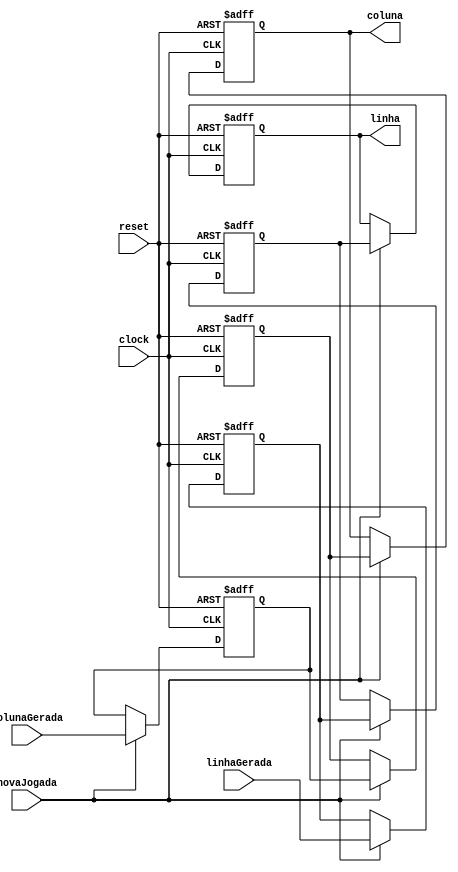
module memoria3bit(
  input        clock,
  input        reset,

  //iputs do gerador
  input        novaJogada,
  input  [2:0] colunaGerada,
  input  [2:0] linhaGerada,

  output reg [2:0] coluna,
  output reg [2:0] linha
);


reg [2:0] memoria [5:0]; //memoria 3 bit

always @ (posedge reset or posedge clock)
begin
    if (reset) begin
        memoria[0] <= 3'b000; //coluna
        memoria[1] <= 3'b000; //linha
        memoria[2] <= 3'b000; //coluna
        memoria[3] <= 3'b000; //linha
        memoria[4] <= 3'b000; //coluna
        memoria[5] <= 3'b000; //linha
    end else begin 
        // coloca 1 jogada
        if (novaJogada) begin
            //atualiza colunas
            memoria [0] <= memoria [2];
            memoria [2] <= memoria [4];
            memoria [4] <= colunaGerada;
            //atualiza linhas
            memoria [1] <= memoria [3];
            memoria [3] <= memoria [5];
            memoria [5] <= linhaGerada;
        // coloca 3 jogadas
        end 
    end 
end

always @*
begin
    coluna = memoria[0];
    linha = memoria[1];

end

endmodule